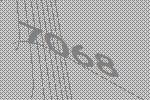
7068